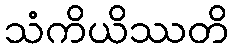
သံကိယိဿတိ